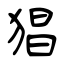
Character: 猖